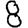
Digit: 8